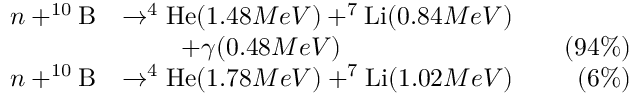
\begin{array} { r l r } { n + ^ { 1 0 } \mathrm { B } } & { \rightarrow ^ { 4 } \mathrm { H e } ( 1 . 4 8 M e V ) + ^ { 7 } \mathrm { L i } ( 0 . 8 4 M e V ) } \\ & { ~ ~ ~ ~ ~ ~ ~ + \gamma ( 0 . 4 8 M e V ) ~ ~ ~ } & { ( 9 4 \% ) } \\ { n + ^ { 1 0 } \mathrm { B } } & { \rightarrow ^ { 4 } \mathrm { H e } ( 1 . 7 8 M e V ) + ^ { 7 } \mathrm { L i } ( 1 . 0 2 M e V ) ~ ~ ~ } & { ( 6 \% ) } \end{array}